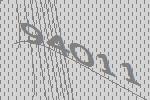
94011